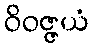
ဝိဝဇ္ဇယံ